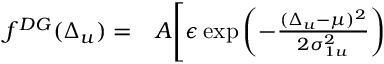
\begin{array} { r l } { f ^ { D G } ( \Delta _ { u } ) = } & { { } A \Bigg [ \epsilon \exp \left( - \frac { ( \Delta _ { u } - \mu ) ^ { 2 } } { 2 \sigma _ { 1 u } ^ { 2 } } \right) } \end{array}